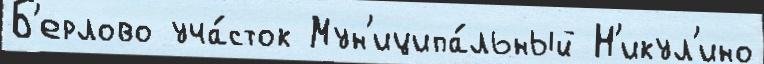
Б'ерлово уча́сток Мун'иципа́льный Н'икул'ино